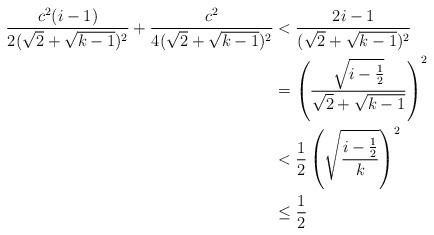
LaTeX: \begin{align*}\begin{aligned}\frac{c^2(i-1)}{2(\sqrt{2}+\sqrt{k-1})^2} + \frac{c^2}{4(\sqrt{2}+\sqrt{k-1})^2} &< \frac{2i-1}{(\sqrt{2}+\sqrt{k-1})^2} \\&= \left(\frac{\sqrt{i-\frac{1}{2}}}{\sqrt{2}+\sqrt{k-1}}\right)^2 \\&< \frac{1}{2} \left( \sqrt{\frac{i - \frac{1}{2}}{k}} \right)^2\\&\leq \frac{1}{2}\end{aligned}\end{align*}